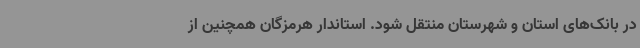
در بانک‌های استان و شهرستان منتقل شود. استاندار هرمزگان همچنین از